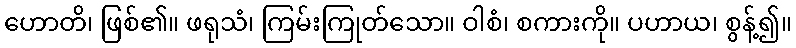
ဟောတိ၊ ဖြစ်၏။ ဖရုသံ၊ ကြမ်းကြုတ်သော။ ဝါစံ၊ စကားကို။ ပဟာယ၊ စွန့်၍။